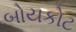
બોયકોટ